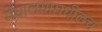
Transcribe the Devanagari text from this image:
मेघालयामधीलच